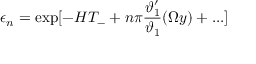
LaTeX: \epsilon _ { n } = \exp [ - H T _ { - } + n \pi \frac { \vartheta _ { 1 } ^ { \prime } } { \vartheta _ { 1 } } ( \Omega y ) + . . . ]